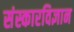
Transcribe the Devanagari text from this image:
संस्कारविज्ञान